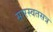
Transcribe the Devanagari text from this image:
सारस्वतसत्र